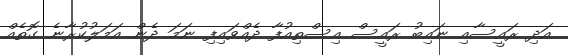
އަދި ރައީސާއި ނައިބު ރައީސް އިސްތިއުފާ ދެއްވައިފި ނަމަ ދެން އަމަލުކުރާނެ ގޮތެއް